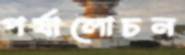
পর্যালোচন